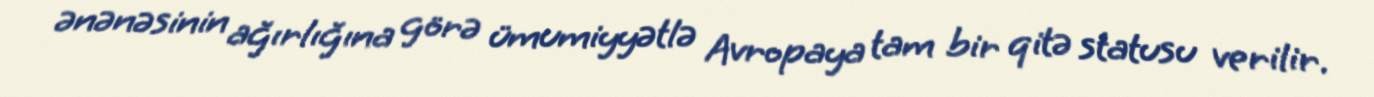
ənənəsinin ağırlığına görə ümumiyyətlə Avropaya tam bir qitə statusu verilir.